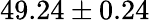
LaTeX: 49.24\pm 0.24